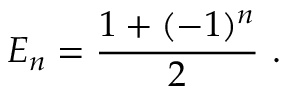
E _ { n } = \frac { 1 + ( - 1 ) ^ { n } } { 2 } ~ .